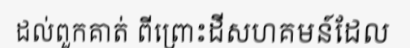
ដល់ពួកគាត់ ពីព្រោះដីសហគមន៍ដែល